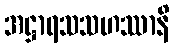
အဋ္ဌာရသသဟဿာနိ